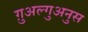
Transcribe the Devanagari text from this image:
ग़ुअल्गुअनुस